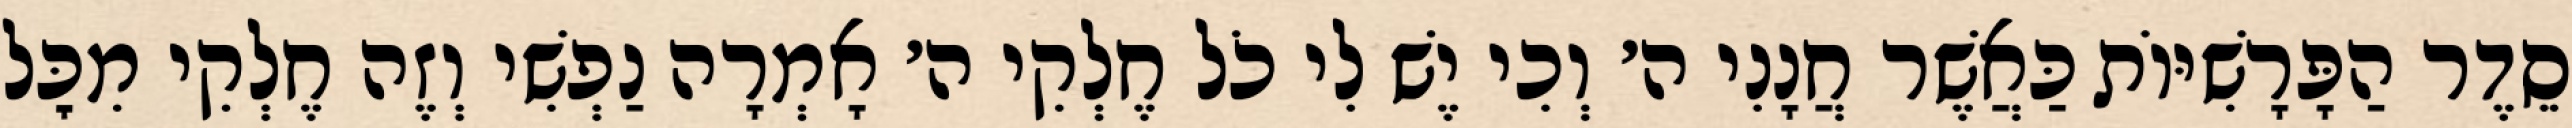
סֵדֶר הַפָּרָשִׁיּוֹת כַּאֲשֶׁר חֲנָנִי ה׳ וְכִי יֶשׁ לִי כֹל חֶלְקִי ה׳ אָמְרָה נַפְשִׁי וְזֶה חֶלְקִי מִכׇּל